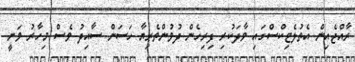
ރާއްޖެއިން އެތުލެޓިކްސްގައި ވާދަކުރި ފިރިހެން ދުވުންތެރިޔާ ހަސަން ސާއިދު ވެސް މިހާރު ވަނީ